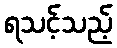
ရသင့်သည့်